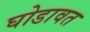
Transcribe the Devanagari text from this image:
घोडावत